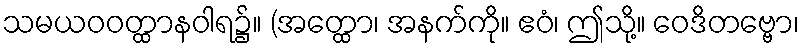
သမယဝဝတ္ထာနဝါရ၌။ (အတ္ထော၊ အနက်ကို။ ဧဝံ၊ ဤသို့။ ဝေဒိတဗ္ဗော၊